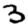
Digit: 3